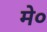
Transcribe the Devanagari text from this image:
मे०